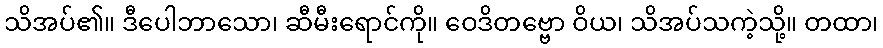
သိအပ်၏။ ဒီပေါဘာသော၊ ဆီမီးရောင်ကို။ ဝေဒိတဗ္ဗော ဝိယ၊ သိအပ်သကဲ့သို့။ တထာ၊